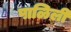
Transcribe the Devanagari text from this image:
पाळिली